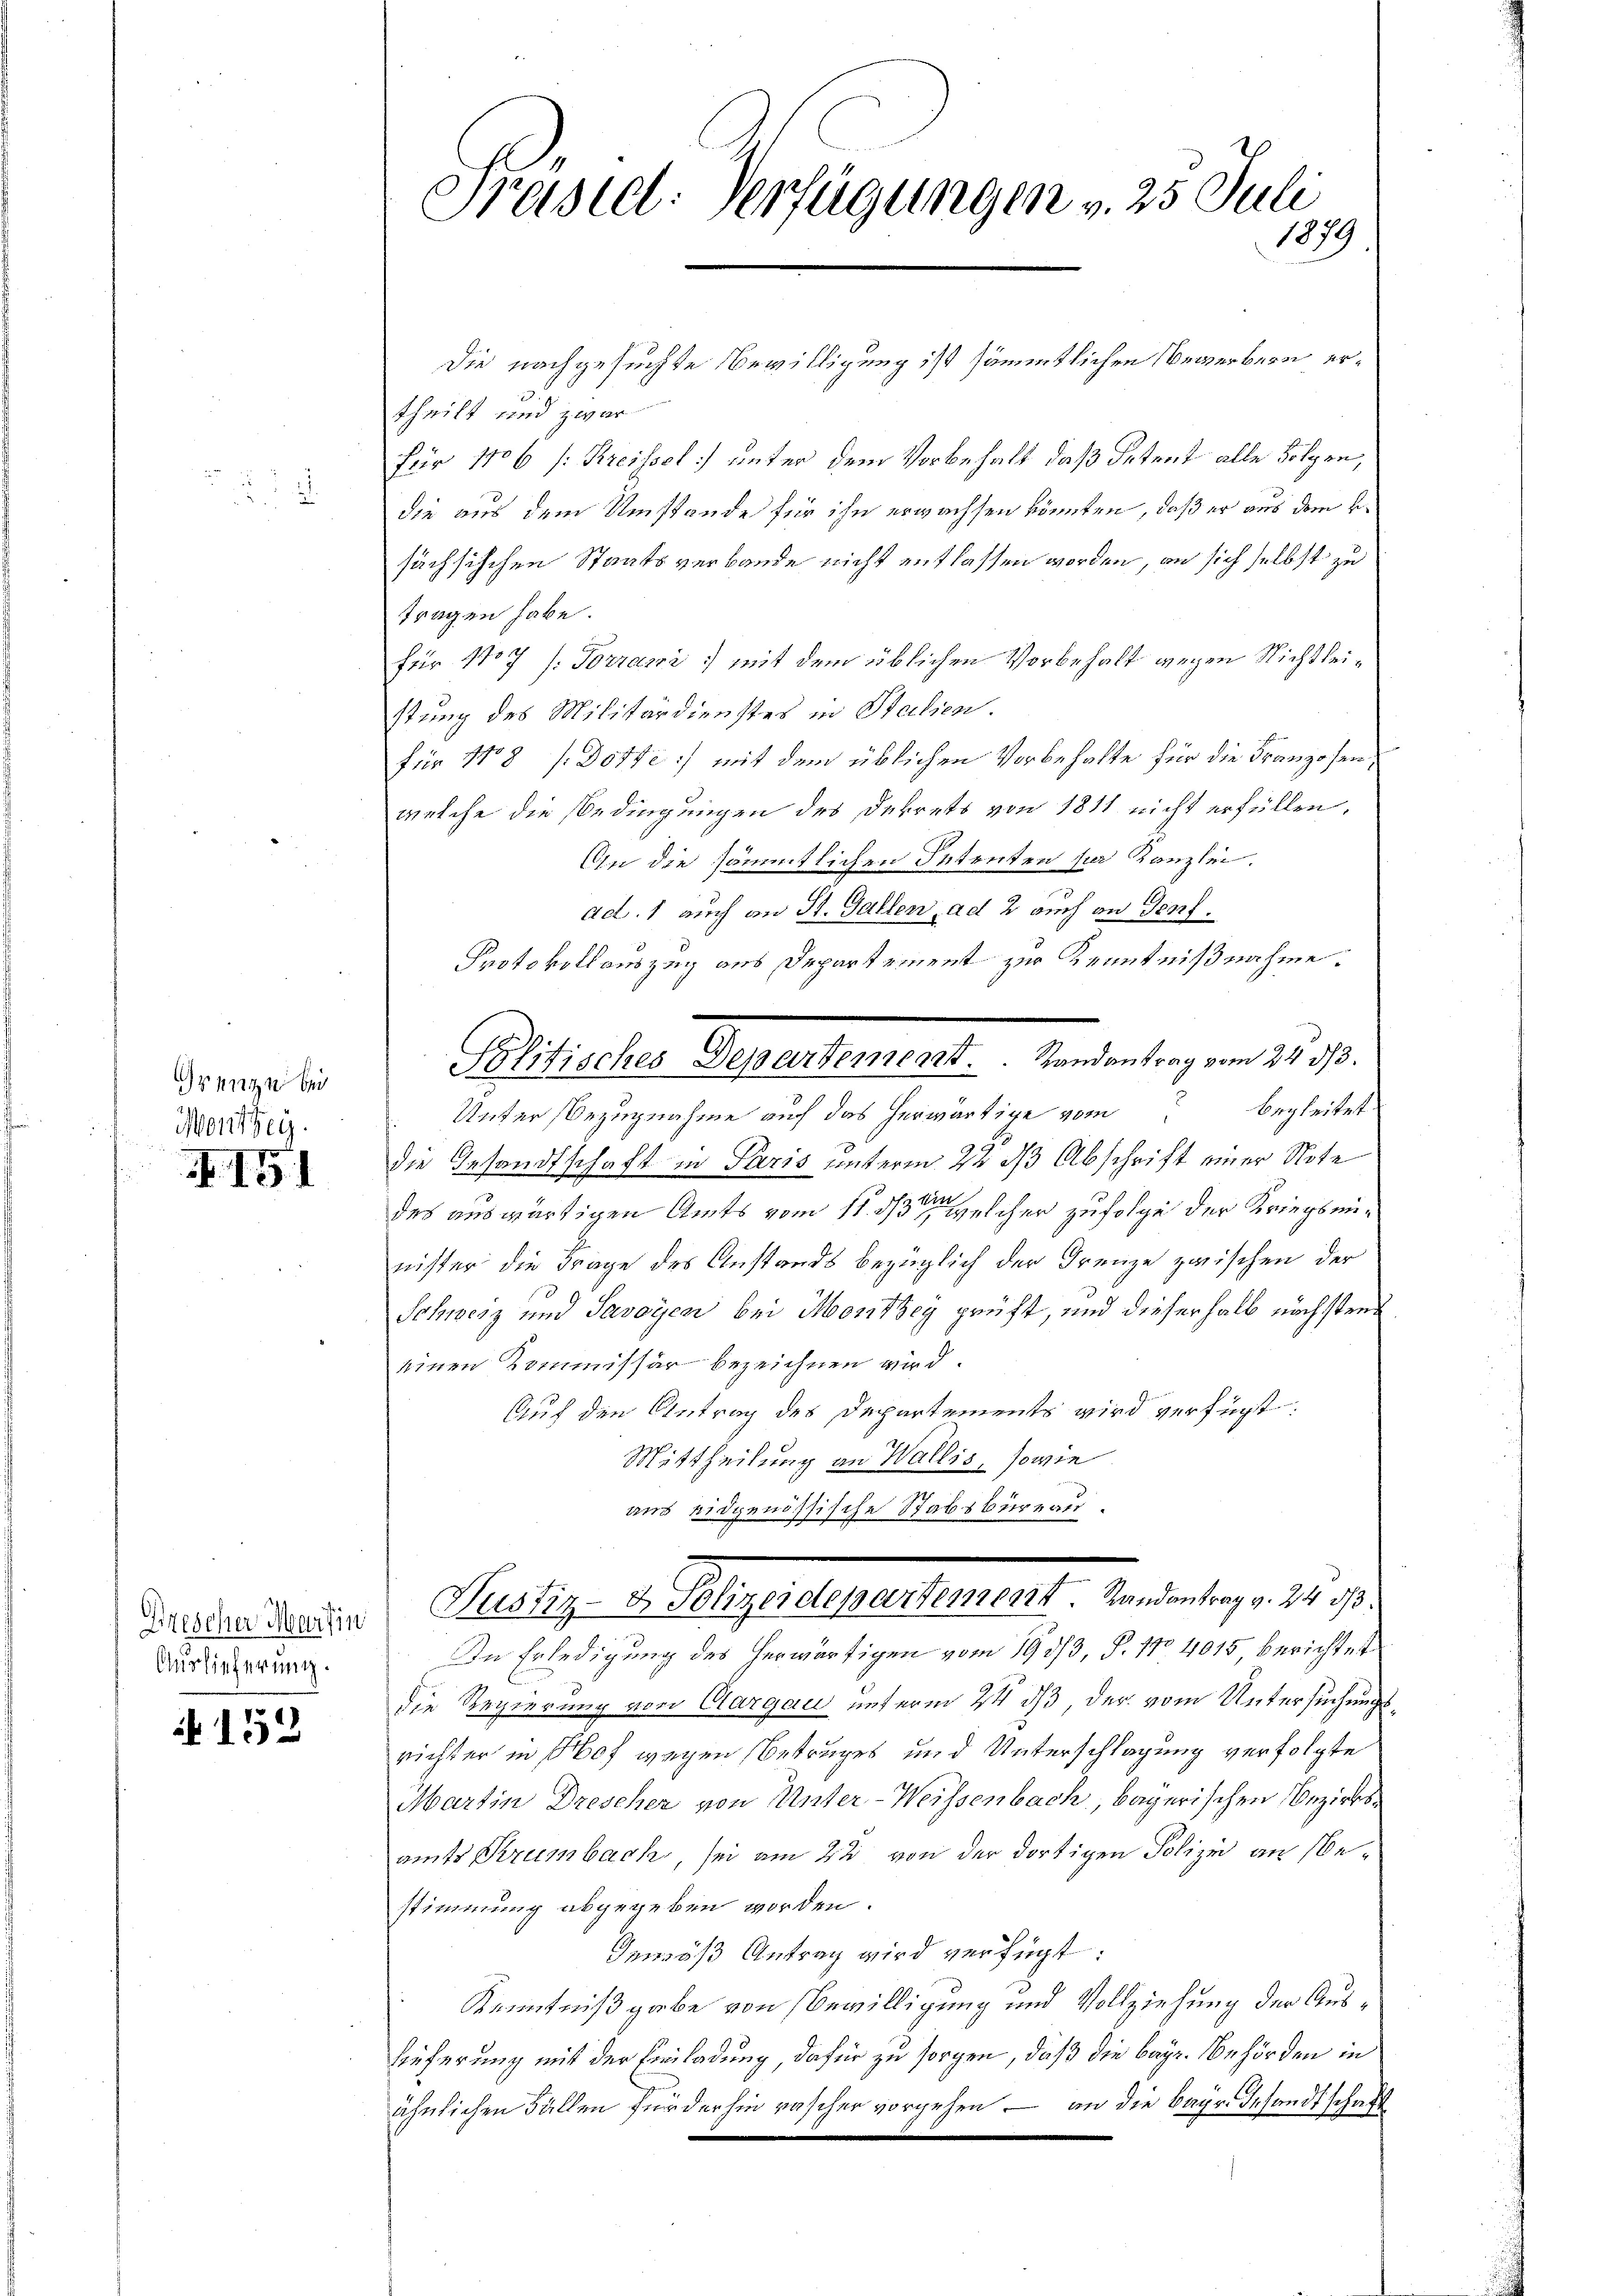
Grenze bei
Monthey.

f. 151

Drescher Martin
Auslieferung.

152

Prasiel: Verfügungen v. 25. Juli
1879

Die nachgesuchte Bewilligung ist sämmtlichen Bewerbern ertheilt und zwar
für 1106 /: Kreissol:] unter dem Vorbehalt, daß Petent alle Folgen,
die aus dem Umstände für ihn erwachsen könnten, daß er aus dem H.
sächsischen Staatsverbande nicht entlassen worden, an sich selbst zu
tragen habe.
für 117 (Torranz mit dem üblichen Vorbehalt wegen Nichtleistung des Militärdienstes in Stalien.
für No 8 Dotte) mit dem üblichen Vorbehalte für die Franzosenwelche die Bedingungen des Dekrets von 1811 nicht erfüllen,
An die sämmtlichen Petenten per Kanzlei.
ad. 1 auch an St. Gallen, ad 2 auch an Genf.
Protokollauszug aus Departement zur Kenntnißnahme
Unter Bezugnahme auch das herwärtige vom begleitet
die Gesandtschaft in Paris unterm 22 ds Abschrift einer Note
des auswärtigen Amts vom 11. den welcher zufolge der Kriegsminister die Frage des Anstands bezüglich der Frenze zwischen der
Schweiz und Savoyen bei Monthey prüft, und dieserhalb nächstrei
einen Kommissär bezeichnen wird.
Auf den Antrag des Departements wird verfügt:
Mittheilung an Wallis, sowie
aus eidgenössische Stabsbureau.
Satz. v. Plage betretentest. Vereinberg 24. 12.
In Erledigung des herwärtigen vom 193/3. P. No 4015, berichtet
die Regierung von Clargau unterm 24. ds der vom Untersuchungs
richter in Hof wegen Betruges und Unterschlagung verfolgte
Martin Drescher von Unter-Weissenbach, bayerischen Bezirksamts Krumbach, sei am 22 von der dortigen Polizei an bestimmung abgegeben worden.
Gemäß Antrag wird verfügt:
Kenntnißgabe von Bewilligung und Vollziehung der Auslieferung mit der Einladung, dafür zu sorgen, daß die bayr. Behörden in
ähnlichen Fällen für der hin rascher vorgehen – an die Bayr gesandtschaft

Politisches Departement.  ..  Randantrag vom 24. 313.